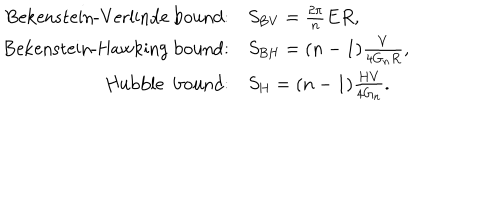
\begin{array} { r l } { { \mathrm { B e k e n s t e i n - V e r l i n d e ~ b o u n d } : } } & { { S _ { \mathrm { B V } } = \frac { 2 \pi } { n } E R , } } \\ { { \mathrm { B e k e n s t e i n - H a w k i n g ~ b o u n d } : } } & { { S _ { \mathrm { B H } } = ( n - 1 ) \frac { V } { 4 G _ { n } R } , } } \\ { { \mathrm { H u b b l e ~ b o u n d } : } } & { { S _ { \mathrm { H } } = ( n - 1 ) \frac { H V } { 4 G _ { n } } . } } \\ \end{array}